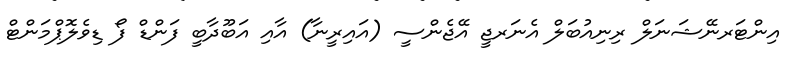
އިންޓަރނޭޝަނަލް ރިނިއުބަލް އެނަރޖީ އޭޖެންސީ (އައިރީނާ) އާއި އަބޫދާބީ ފަންޑް ފޯ ޑިވެލޮޕްމަންޓް